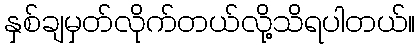
နှစ်ချမှတ်လိုက်တယ်လို့သိရပါတယ်။